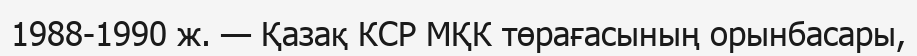
1988-1990 ж. — Қазақ КСР МҚК төрағасының орынбасары,